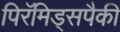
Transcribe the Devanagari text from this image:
पिरॅमिड्सपैकी